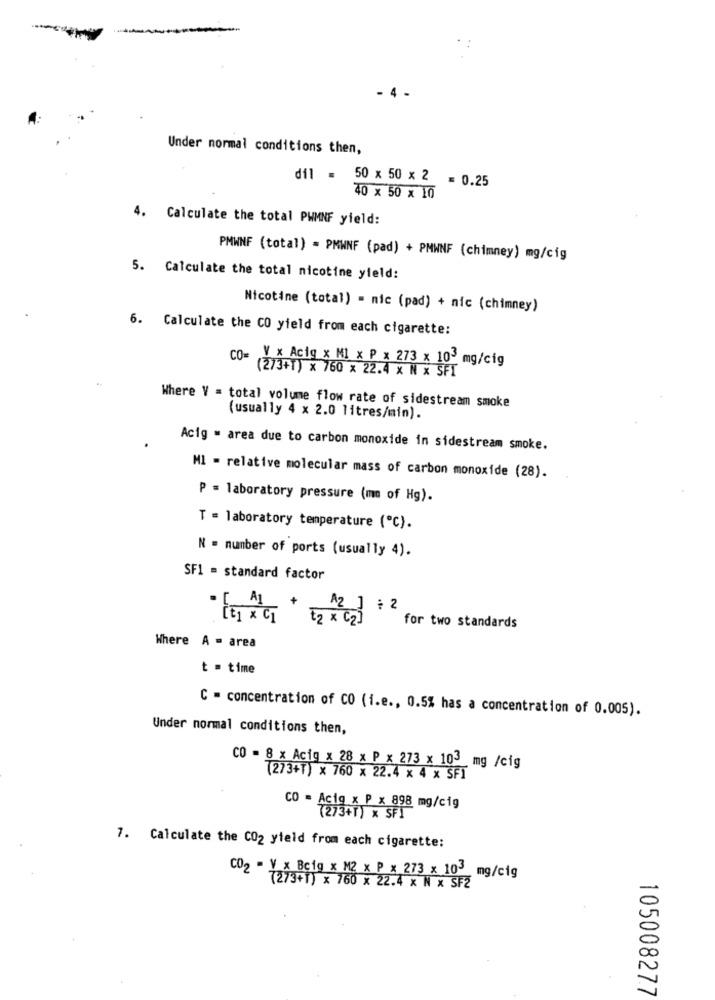
. 4.
Under normal conditions then,
dil = 50 x 50 x 2 = 0.25
40 x 50 x 10
4. Calculate the total PWMNF yield:
PMWNF (total) = PMWNF (pad) + PMWNF (chimney) mg/cig
5. Calculate the total nicotine yield:
Nicotine (total) = nic (pad) + nic (chimney)
6. Calculate the CO yield from each cigarette:
CO=
V x Acig x Ml x P x 273 x 103 mg/cig
(2/3+1) x 760 x 22.4 x N x SFI
Where V = total volume flow rate of sidestream smoke
(usually 4 x 2.0 litres/min).
Acig - area due to carbon monoxide in sidestream smoke.
M1 = relative molecular mass of carbon monoxide (28).
P = laboratory pressure (mn of Hg).
T = laboratory temperature (℃).
N = number of ports (usually 4).
SF1 = standard factor
· [ A] + [2 x (2] + 2
for two standards
Where A = area
t = time
C = concentration of CO (i.e ., 0.5% has a concentration of 0.005).
Under normal conditions then,
CO = 8 x Acig x 28 x P x 273 x 103 mg /cig
(273+T) × 760 x 22.4 × 4 × SFI
CO = Acig x P x 898 mg/cig
(273+1) x SFI
7. Calculate the CO2 yield from each cigarette:
CO2 - V x Bcig x M2 x P x 273 x 105 mg/cig
(273+1) x 760 x 22.4 x N x SF2
105008277